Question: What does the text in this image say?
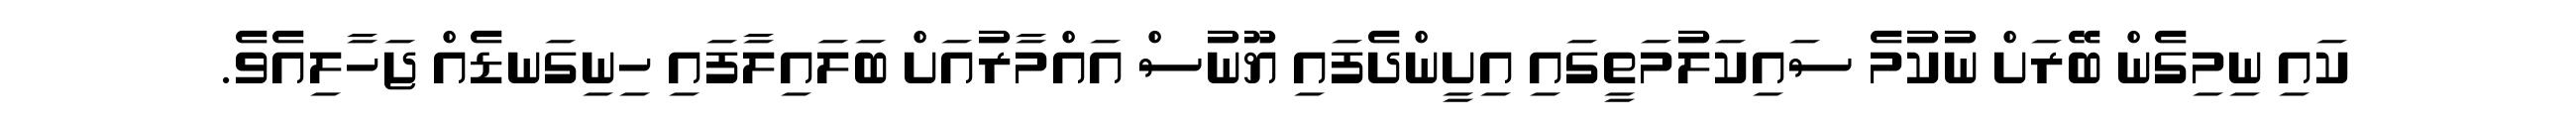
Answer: ކައި ނިމިގެން ބޭރަށް ނުކުމެ ސައިކަލުމަތީގައި އިށީންދެފައި ޔޫނުސް އައްމާރުއަށް ބަލައިލާފައި ހިނިގަނޑެއް ޖަހާލިއެވެ.